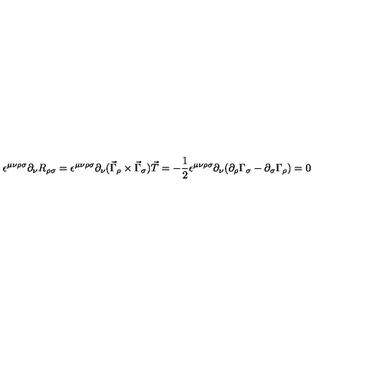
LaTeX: \epsilon ^ { \mu \nu \rho \sigma } \partial _ { \nu } R _ { \rho \sigma } = \epsilon ^ { \mu \nu \rho \sigma } \partial _ { \nu } ( \vec { \Gamma } _ { \rho } \times \vec { \Gamma } _ { \sigma } ) \vec { T } = - \frac { 1 } { 2 } \epsilon ^ { \mu \nu \rho \sigma } \partial _ { \nu } ( \partial _ { \rho } \Gamma _ { \sigma } - \partial _ { \sigma } \Gamma _ { \rho } ) = 0